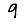
Digit: 9